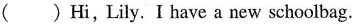
( ) Hi, Lily. I have a new schoolbag.